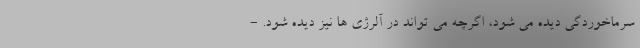
سرماخوردگی دیده می شود، اگرچه می تواند در آلرژی ها نیز دیده شود. -